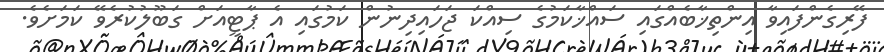
ފޭރިގެންފައިވާ އިންތިޚާބެއްގައި ސައްޚާކަމުގެ ސިއްކަ ޖަހައިދިނުން ކަމުގައި އެ ޕާޓީއަށް ގަބޫލުކުރެވޭ ކަމަށެވެ.